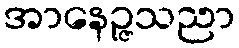
အာနေဉ္ဇသညာ